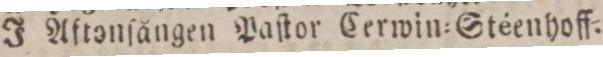
J Aftonfången Paſtor Cerwin=Stſéenhoff.